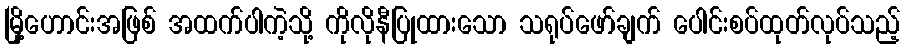
မြို့ဟောင်းအဖြစ် အထက်ပါကဲ့သို့ ကိုလိုနီပြုထားသော သရုပ်ဖော်ချက် ပေါင်းစပ်ထုတ်လုပ်သည့်